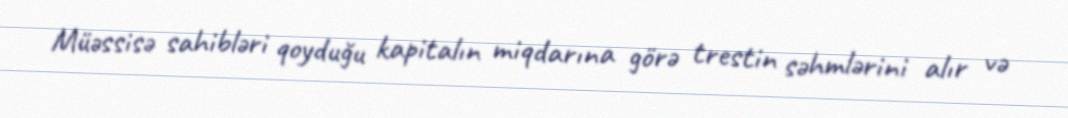
Müəssisə sahibləri qoyduğu kapitalın miqdarına görə trestin səhmlərini alır və